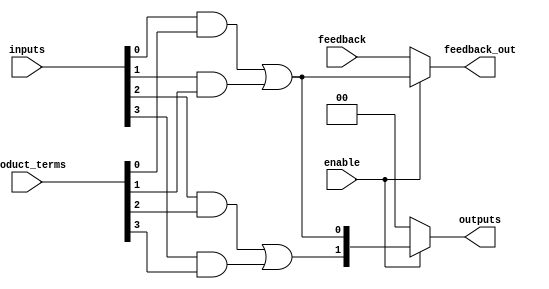
module CLB (
    input wire [N-1:0] inputs,        // N inputs
    input wire [M-1:0] product_terms,  // M product terms from AND array
    input wire enable,                  // Enable signal
    input wire feedback,                // Feedback input
    output wire [P-1:0] outputs,       // P outputs
    output wire feedback_out            // Feedback output
);
    parameter N = 8;                   // Number of inputs
    parameter M = 4;                   // Number of product terms
    parameter P = 2;                   // Number of outputs

    // Intermediate signals
    wire [M-1:0] and_outputs;          // Outputs from AND array
    wire [P-1:0] or_outputs;           // Outputs from OR array

    // AND array implementation
    genvar i;
    generate
        for (i = 0; i < M; i = i + 1) begin : and_array
            assign and_outputs[i] = inputs[i] & product_terms[i]; // Example AND operation
        end
    endgenerate

    // OR array implementation
    assign or_outputs[0] = and_outputs[0] | and_outputs[1]; // Example OR operation
    assign or_outputs[1] = and_outputs[2] | and_outputs[3]; // Example OR operation

    // Outputs with enable signal
    assign outputs = enable ? or_outputs : {P{1'b0}}; // Outputs are active only when enabled

    // Feedback mechanism
    assign feedback_out = enable ? or_outputs[0] : feedback; // Feedback output based on enable

endmodule